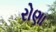
રોણા